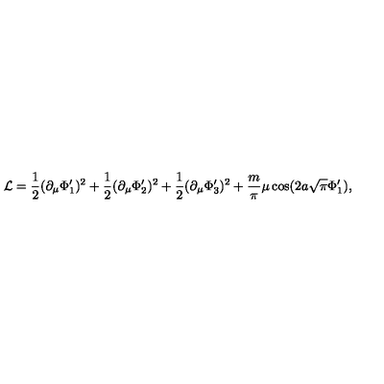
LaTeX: { \cal L } = \frac { 1 } { 2 } ( \partial _ { \mu } \Phi _ { 1 } ^ { \prime } ) ^ { 2 } + \frac { 1 } { 2 } ( \partial _ { \mu } \Phi _ { 2 } ^ { \prime } ) ^ { 2 } + \frac { 1 } { 2 } ( \partial _ { \mu } \Phi _ { 3 } ^ { \prime } ) ^ { 2 } + \frac { m } { \pi } \mu \cos ( 2 a \sqrt { \pi } \Phi _ { 1 } ^ { \prime } ) ,